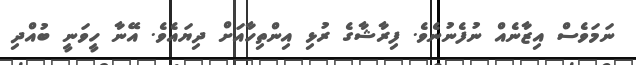
ނަމަވެސް އިޒާނެއް ނުފެނުނެވެ. ފިރާޝާގެ ރުޅި އިންތިހާއަށް ދިޔައެވެ. އޭނާ ހީވަނީ ބުއްދި